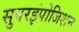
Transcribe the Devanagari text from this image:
सुपरइंपोजिशन